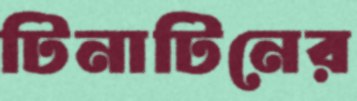
টিনাটিনের